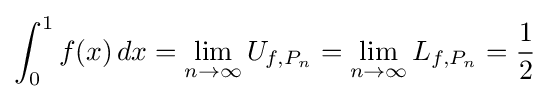
\int _{0}^{1}f(x)\,dx=\lim _{n\to \infty }U_{f,P_{n}}=\lim _{n\to \infty }L_{f,P_{n}}={\frac {1}{2}}